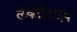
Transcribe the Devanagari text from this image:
लेक्टोटाइप